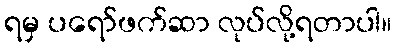
ရမှ ပရော်ဖက်ဆာ လုပ်လို့ရတာပါ။